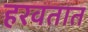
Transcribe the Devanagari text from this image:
हरवतात